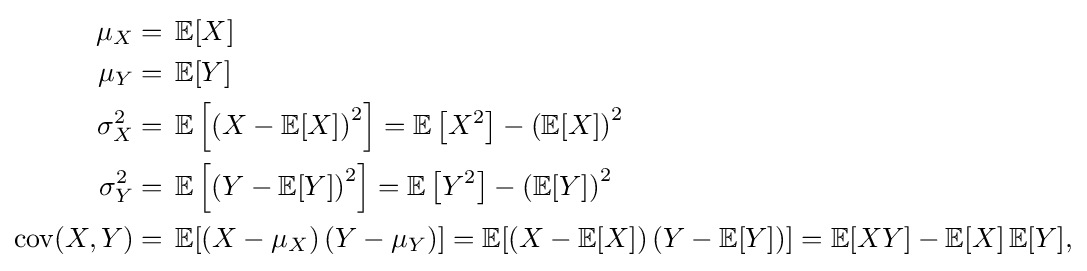
{\begin{aligned}\mu _{X}={}&\operatorname {\mathbb {E} } [X]\\\mu _{Y}={}&\operatorname {\mathbb {E} } [Y]\\\sigma _{X}^{2}={}&\operatorname {\mathbb {E} } \left[\left(X-\operatorname {\mathbb {E} } [X]\right)^{2}\right]=\operatorname {\mathbb {E} } \left[X^{2}\right]-\left(\operatorname {\mathbb {E} } [X]\right)^{2}\\\sigma _{Y}^{2}={}&\operatorname {\mathbb {E} } \left[\left(Y-\operatorname {\mathbb {E} } [Y]\right)^{2}\right]=\operatorname {\mathbb {E} } \left[Y^{2}\right]-\left(\operatorname {\mathbb {E} } [Y]\right)^{2}\\\operatorname {cov} (X,Y)={}&\operatorname {\mathbb {E} } [\left(X-\mu _{X}\right)\left(Y-\mu _{Y}\right)]=\operatorname {\mathbb {E} } [\left(X-\operatorname {\mathbb {E} } [X]\right)\left(Y-\operatorname {\mathbb {E} } [Y]\right)]=\operatorname {\mathbb {E} } [XY]-\operatorname {\mathbb {E} } [X]\operatorname {\mathbb {E} } [Y],\end{aligned}}